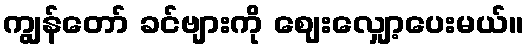
ကျွန်တော် ခင်ဗျားကို ဈေးလျှော့ပေးမယ်။